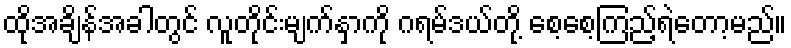
ထိုအချိန်အခါတွင် လူတိုင်းမျက်နှာကို ဂရမ်ဒယ်တို့ စေ့စေ့ကြည့်ရဲတော့မည်။